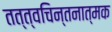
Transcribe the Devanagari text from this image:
तत्त्वचिन्तनात्मक